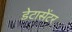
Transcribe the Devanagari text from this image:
डेटासेंटर